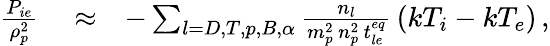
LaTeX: \begin{array}{rlr}{\frac{P_{ie}}{\rho_{p}^{2}}}&{{}\approx}&{-\sum_{l=D,T,p,B,\alpha}\frac{n_{l}}{m_{p}^{2}\, n_{p}^{2}\, t_{le}^{eq}}\, \left(kT_{i}-kT_{e}\right)\, ,}\end{array}